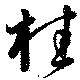
桂